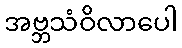
အဗ္ဘသံဝိလာပေါ